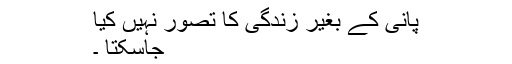
پانی کے بغیر زندگی کا تصور نہیں کیا
جاسکتا ۔